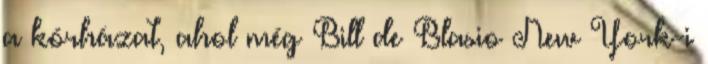
a kórházat, ahol még Bill de Blasio New York-i